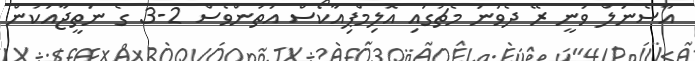
އާސެނަލް ވަނީ ރޭ ދެވަނަ މެޗުގައި އޮލިމްޕިއާކޯސް އަތުންވެސް 2-3 ގެ ނަތީޖާއަކުން